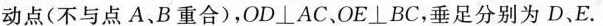
动点(不与点A、B重合)，OD⊥AC、OE⊥BC，垂足分别为D、E。